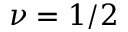
\nu = 1 / 2